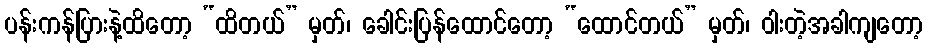
ပန်းကန်ပြားနဲ့ထိတော့ “ထိတယ်” မှတ်၊ ခေါင်းပြန်ထောင်တော့ “ထောင်တယ်” မှတ်၊ ဝါးတဲ့အခါကျတော့